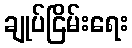
ချုပ်ငြိမ်းရေး